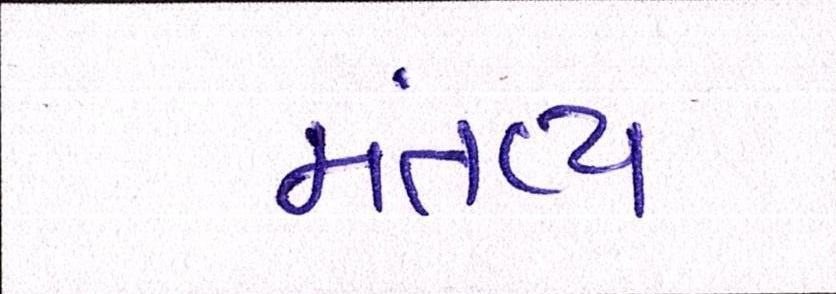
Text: મંતવ્ય